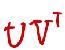
$v v^{\top}$